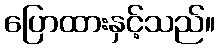
ပြောထားနှင့်သည်။